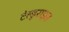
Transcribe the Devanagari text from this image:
टेल्डूराइल